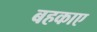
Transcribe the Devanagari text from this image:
बहकाए